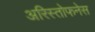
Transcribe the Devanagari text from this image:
अरिस्तोफनेस